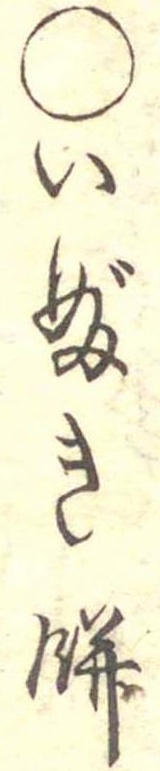
○いぶき餅